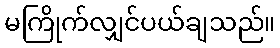
မကြိုက်လျှင်ပယ်ချသည်။